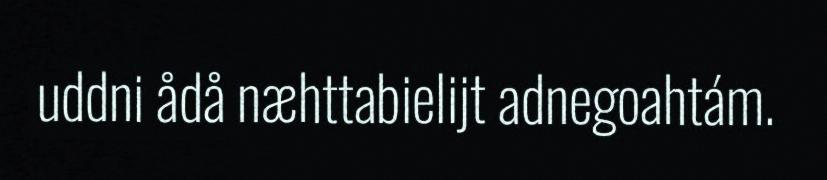
uddni ådå næhttabielijt adnegoahtám.